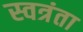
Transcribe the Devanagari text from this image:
स्वत्रंता